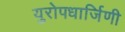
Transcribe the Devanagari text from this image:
युरोपधार्जिणी